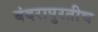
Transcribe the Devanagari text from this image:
बंदरापुरतीच